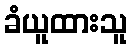
ခံယူထားသူ